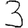
Digit: 3